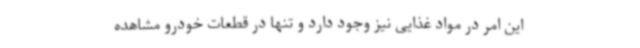
این امر در مواد غذایی نیز وجود دارد و تنها در قطعات خودرو مشاهده